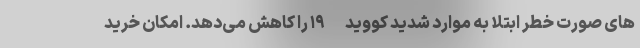
های صورت خطر ابتلا به موارد شدید کووید-۱۹ را کاهش می‌دهد. امکان خرید